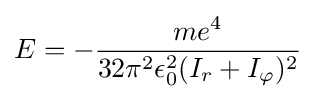
E=-{\frac {me^{4}}{32\pi ^{2}\epsilon _{0}^{2}(I_{r}+I_{\varphi })^{2}}}